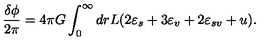
\frac { \delta \phi } { 2 \pi } = 4 \pi G \int _ { 0 } ^ { \infty } d r L ( 2 \varepsilon _ { s } + 3 \varepsilon _ { v } + 2 \varepsilon _ { s v } + u ) .